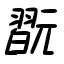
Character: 翫